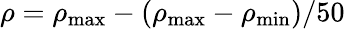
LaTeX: \rho=\rho_{\mathrm{max}}-(\rho_{\mathrm{max}}-\rho_{\mathrm{min}})/50